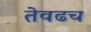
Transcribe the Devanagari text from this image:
तेवढच